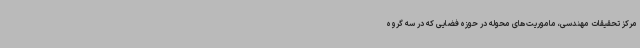
مرکز تحقیقات مهندسی، ماموریت‌های محوله در حوزه فضایی که در سه گروه